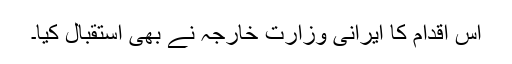
اس اقدام کا ایرانی وزارت خارجہ نے بھی استقبال کیا۔